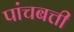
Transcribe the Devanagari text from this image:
पांचबत्ती